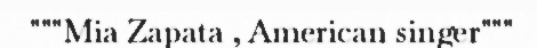
"""Mia Zapata , American singer"""